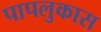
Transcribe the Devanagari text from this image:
पापलुकास